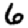
Digit: 6